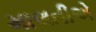
માલતીએ